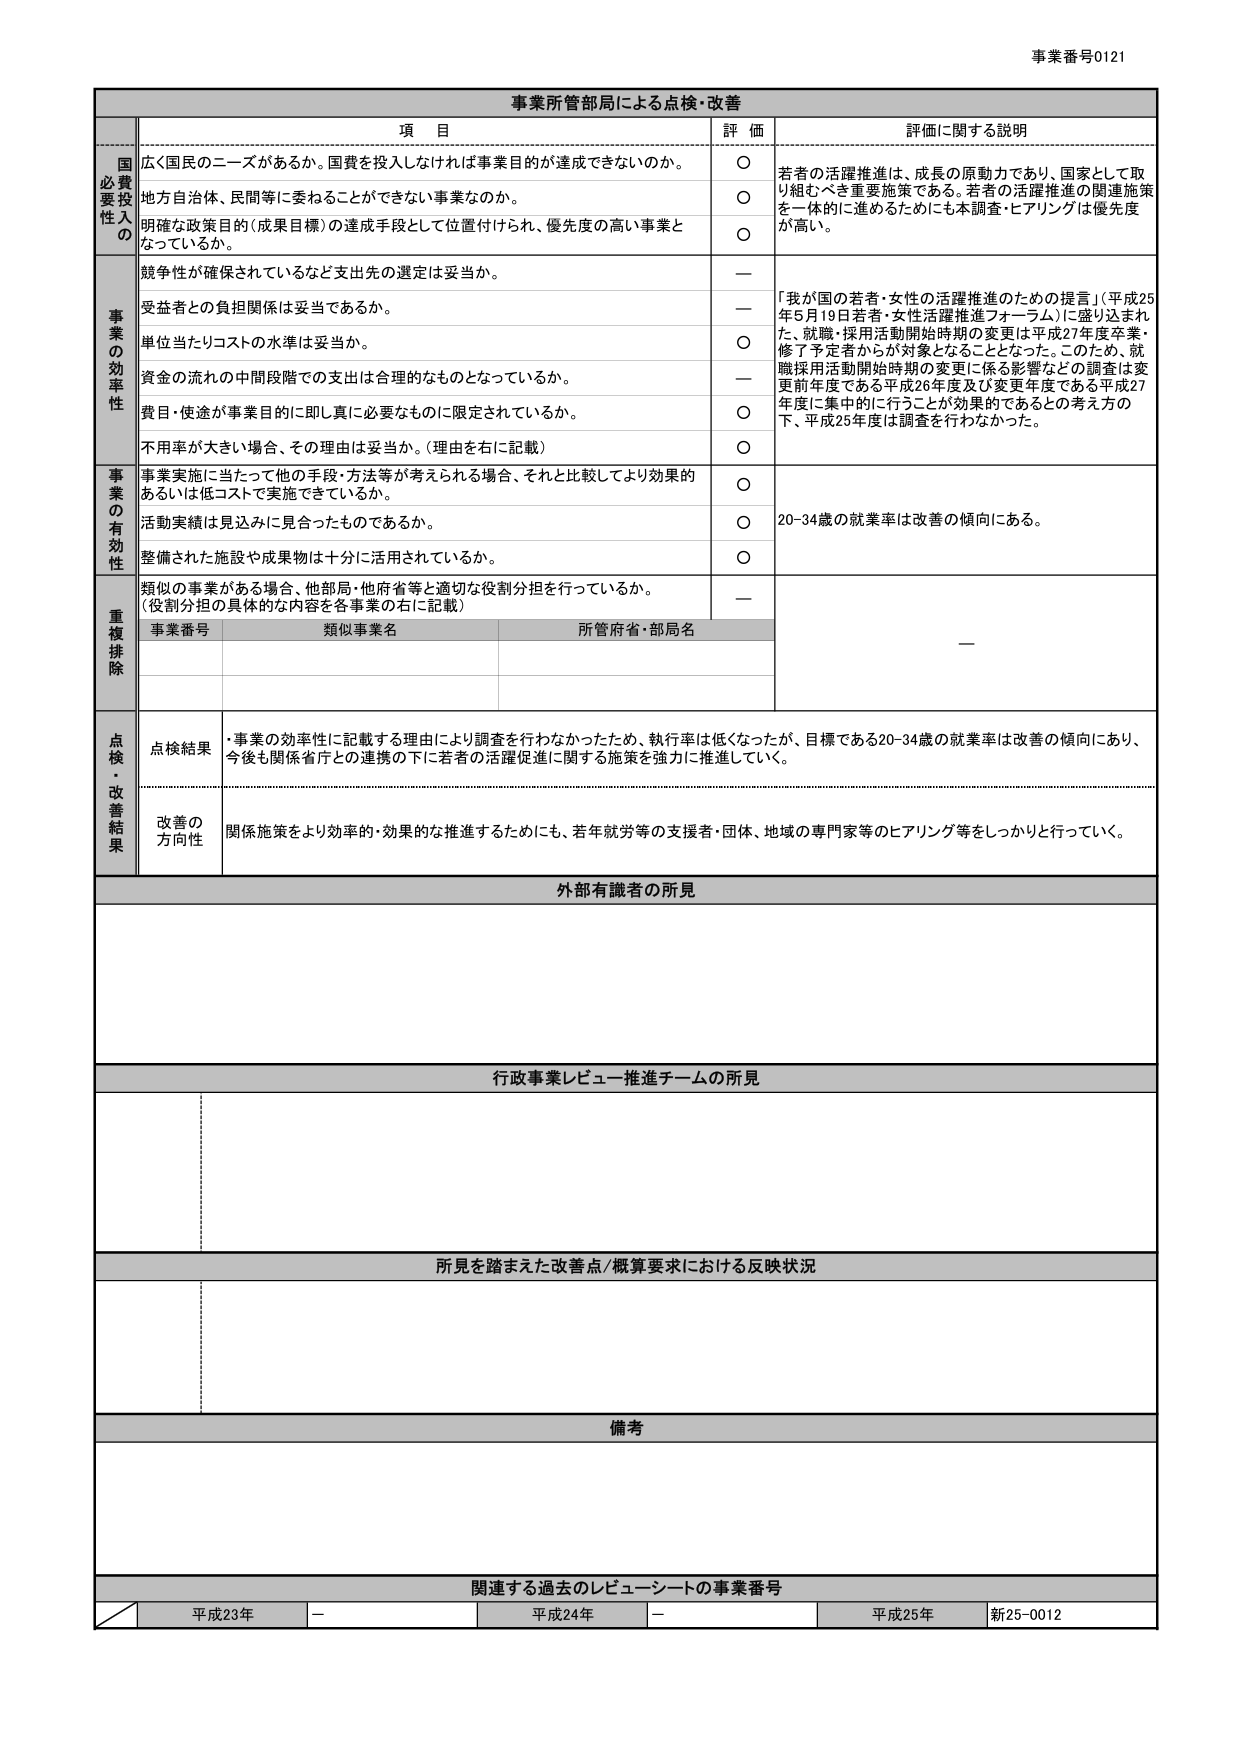
事業番号0121

事業所管部局による点検・改善

項 目 評 価 評価に関する説明

国費投入の必要性
広く国民のニーズがあるか。国費を投入しなければ事業目的が達成できないのか。 ○ 若者の活躍推進は、成長の原動力であり、国家として取り組むべき重要施策である。若者の活躍推進の関連施策を一体的に進めるためにも本調査・ヒアリングは優先度が高い。
地方自治体、民間等に委ねることができない事業なのか。 ○
明確な政策目的（成果目標）の達成手段として位置付けられ、優先度の高い事業となっているか。 ○

事業の効率性
競争性が確保されているなど支出先の選定は妥当か。 — 「我が国の若者・女性の活躍推進のための提言」（平成25年5月19日若者・女性活躍推進フォーラム）に盛り込まれた、就職・採用活動開始時期の変更は平成27年度卒業・修了予定者からが対象となることとなった。このため、就職採用活動開始時期の変更に係る影響などの調査は変更前年度である平成26年度及び変更年度である平成27年度に集中的に行うことが効果的であるとの考え方の下、平成25年度は調査を行わなかった。
受益者との負担関係は妥当であるか。 —
単位当たりコストの水準は妥当か。 ○
資金の流れの中間段階での支出は合理的なものとなっているか。 —
費目・用途が事業目的に即し真に必要なものに限定されているか。 ○
不用率が大きい場合、その理由は妥当か。（理由を右に記載） ○

事業の有効性
事業実施に当たって他の手段・方法等が考えられる場合、それと比較してより効果的あるいは低コストで実施できているか。 ○ 20-34歳の就業率は改善の傾向にある。
活動実績は見込みに見合ったものであるか。 ○
整備された施設や成果物は十分に活用されているか。 ○

重複排除
類似の事業がある場合、他部局・他府省等と適切な役割分担を行っているか。（役割分担の具体的な内容を各事業の右に記載） —
事業番号 類似事業名 所管府省・部局名

点検・改善結果
点検結果 ・事業の効率性に記載する理由により調査を行わなかったため、執行率は低くなったが、目標である20-34歳の就業率は改善の傾向にあり、今後も関係省庁との連携の下に若者の活躍促進に関する施策を強力に推進していく。
改善の方向性 関係施策をより効率的・効果的な推進するためにも、若年就労等の支援者・団体、地域の専門家等のヒアリング等をしっかり行っていく。

外部有識者の所見

行政事業レビュー推進チームの所見

所見を踏まえた改善点/概算要求における反映状況

備考

関連する過去のレビューシートの事業番号
平成23年 — 平成24年 — 平成25年 新25-0012